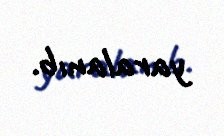
yaralanıb.